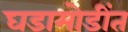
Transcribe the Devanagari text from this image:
घडामोडींत